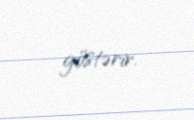
göstərir.